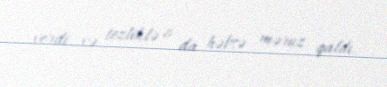
verdi və tezliklə o da həbsə məruz qaldı.